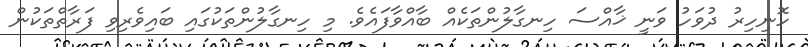
ހޮނިހިރު ދުވަހު ވަނީ ޚާއްސަ ހިނގާލުންތަކެއް ބާއްވާފައެވެ. މި ހިނގާލުންތަކުގައި ބައިވެރިވި ފަރާތްތަކުން